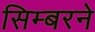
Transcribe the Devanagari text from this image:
सिम्बरने